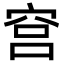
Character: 𬔉